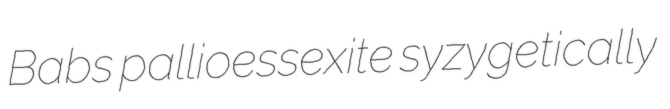
Babs pallioessexite syzygetically